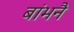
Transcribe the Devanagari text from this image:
बांभनै